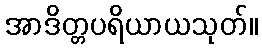
အာဒိတ္တပရိယာယသုတ်။